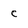
Character: c